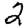
Digit: 2